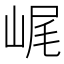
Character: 𡷕